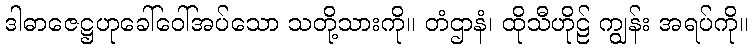
ဒါဓာဇေဋ္ဌဟုခေါ်ဝေါ်အပ်သော သတို့သားကို။ တံဌာနံ၊ ထိုသီဟိုဠ် ကျွန်း အရပ်ကို။